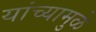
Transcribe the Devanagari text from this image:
यांच्‍यामुळे